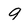
Character: 9